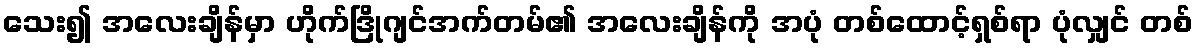
သေး၍ အလေးချိန်မှာ ဟိုက်ဒြိုဂျင်အက်တမ်၏ အလေးချိန်ကို အပုံ တစ်ထောင့်ရှစ်ရာ ပုံလျှင် တစ်